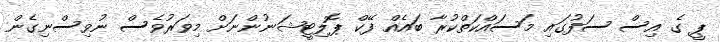
ޕީ ގެ އިސް ސަފުގައި މަސައްކަތްކުރާ ބައެއް ފޭކް ޕޮލިޓީޝަނުންނަށް މިވަރުވެސް ނުވިސްނިގެން